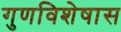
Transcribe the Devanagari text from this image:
गुणविशेषास